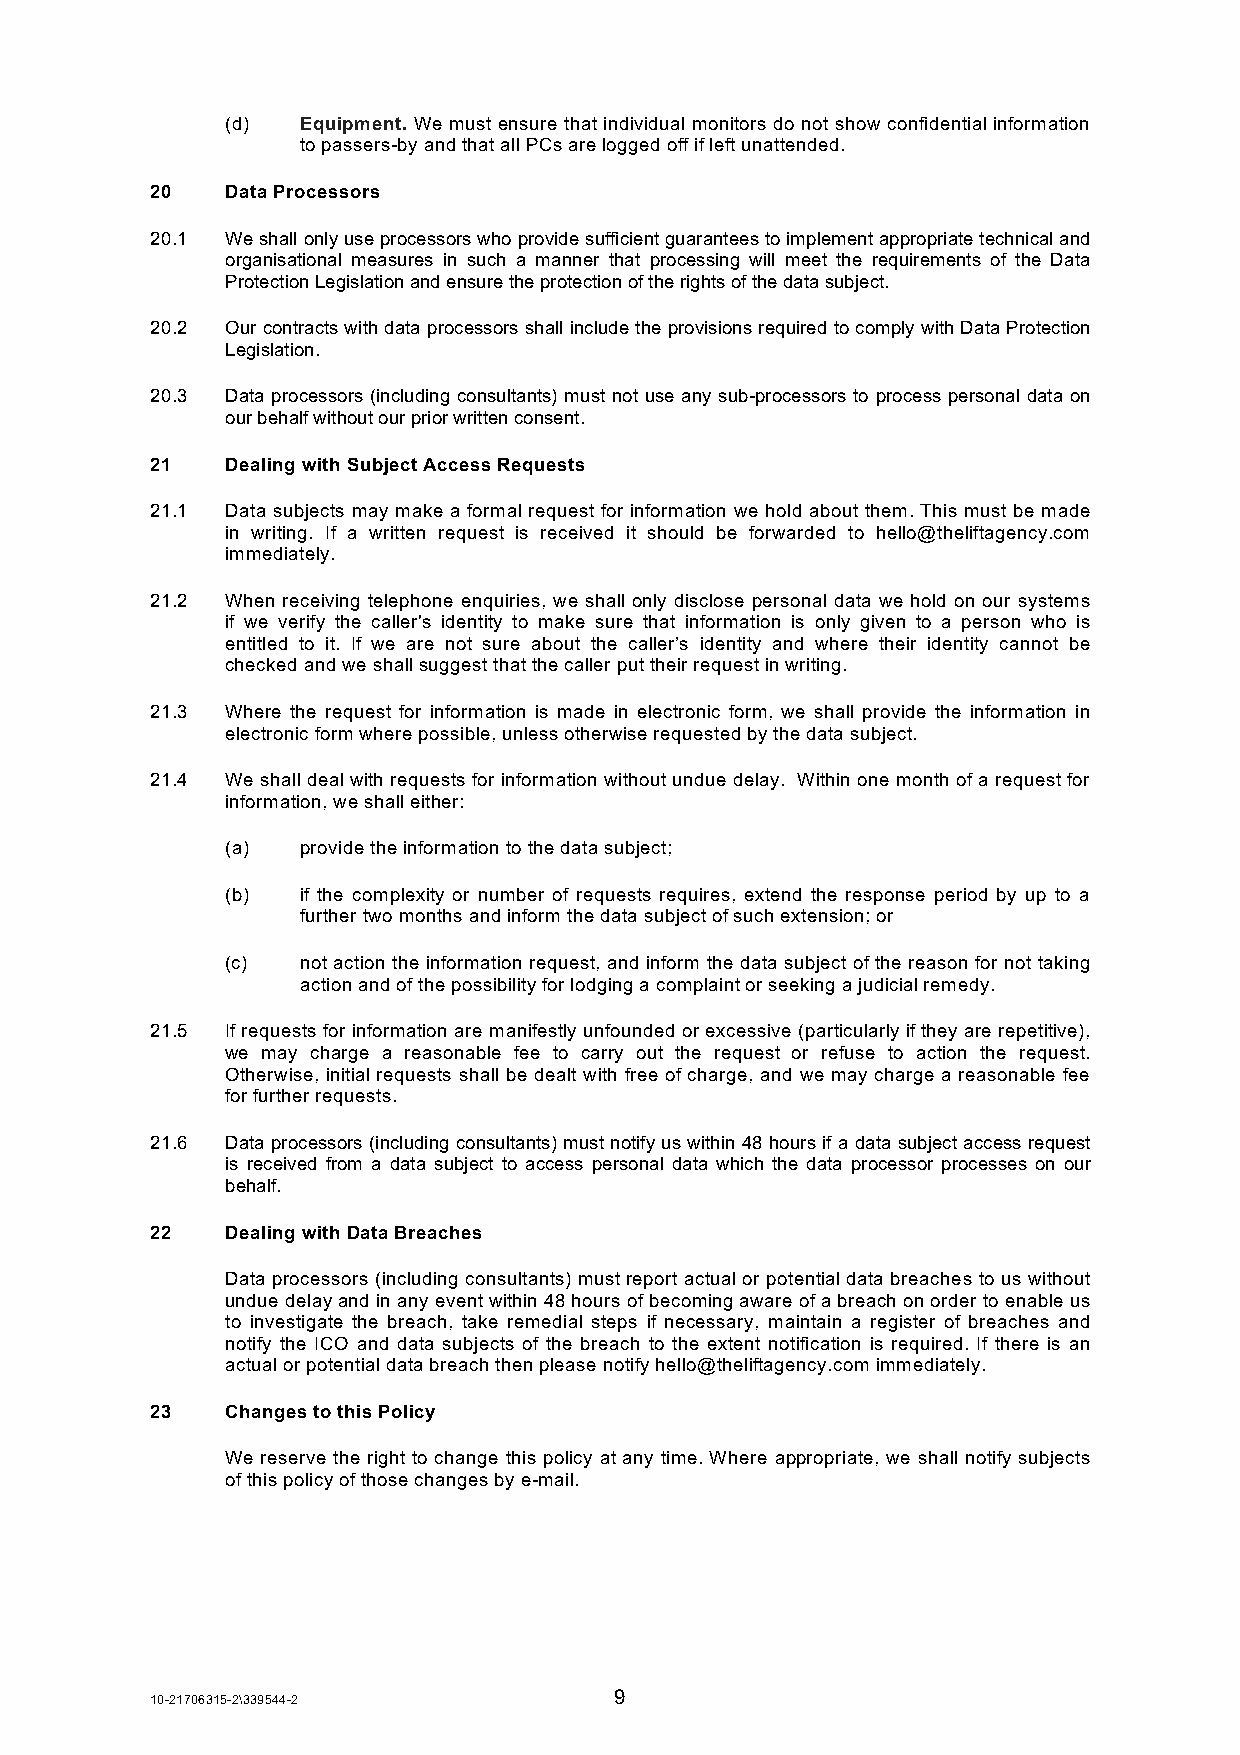
(d)  Equipment. We must ensure that individual monitors do not show confidential information
 to passers-by and that all PCs are logged off if left unattended.
 20   Data Processors
 20.1 We shall only use processors who provide sufficient guarantees to implement appropriate technical and
 organisational measures in such a manner that processing will meet the requirements of the Data
 Protection Legislation and ensure the protection of the rights of the data subject.
 20.2 Our contracts with data processors shall include the provisions required to comply with Data Protection
 Legislation.
 20.3 Data processors (including consultants) must not use any sub-processors to process personal data on
 our behalf without our prior written consent.
 21   Dealing with Subject Access Requests
 21.1 Data subjects may make a formal request for information we hold about them. This must be made
 in writing. If a written request is received it should be forwarded to hello@theliftagency.com
 immediately.
 21.2 When receiving telephone enquiries, we shall only disclose personal data we hold on our systems
 if we verify the caller's identity to make sure that information is only given to a person who is
 entitled to it. If we are not sure about the caller’s identity and where their identity cannot be
 checked and we shall suggest that the caller put their request in writing.
 21.3 Where the request for information is made in electronic form, we shall provide the information in
 electronic form where possible, unless otherwise requested by the data subject.
 21.4 We shall deal with requests for information without undue delay. Within one month of a request for
 information, we shall either:
 (a)  provide the information to the data subject;
 (b)  if the complexity or number of requests requires, extend the response period by up to a
 further two months and inform the data subject of such extension; or
 (c)  not action the information request, and inform the data subject of the reason for not taking
 action and of the possibility for lodging a complaint or seeking a judicial remedy.
 21.5 If requests for information are manifestly unfounded or excessive (particularly if they are repetitive),
 we may charge a reasonable fee to carry out the request or refuse to action the request.
 Otherwise, initial requests shall be dealt with free of charge, and we may charge a reasonable fee
 for further requests.
 21.6 Data processors (including consultants) must notify us within 48 hours if a data subject access request
 is received from a data subject to access personal data which the data processor processes on our
 behalf.
 22   Dealing with Data Breaches
 Data processors (including consultants) must report actual or potential data breaches to us without
 undue delay and in any event within 48 hours of becoming aware of a breach on order to enable us
 to investigate the breach, take remedial steps if necessary, maintain a register of breaches and
 notify the ICO and data subjects of the breach to the extent notification is required. If there is an
 actual or potential data breach then please notify hello@theliftagency.com immediately.
 23   Changes to this Policy
 We reserve the right to change this policy at any time. Where appropriate, we shall notify subjects
 of this policy of those changes by e-mail.
 9
 10-21706315-2\339544-2